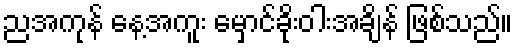
ညအကုန် နေ့အကူး မှောင်ခိုးဝါးအချိန် ဖြစ်သည်။